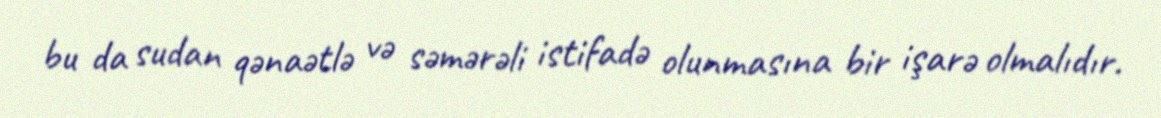
bu da sudan qənaətlə və səmərəli istifadə olunmasına bir işarə olmalıdır.